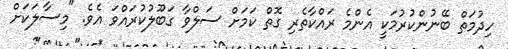
ހިދުމަތް ބޭނުންކުރުމަކީ އެންމެ ރައްކާތެރި ގޮތް ކަމަށް ސަލްވާ ގަބޫލުކުރައްވަ އެވެ. "މިސާލަކަށް